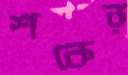
শকের